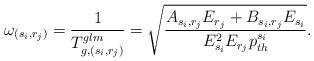
LaTeX: \begin{align*}\omega_{(s_i,r_j)}=\frac{1}{T_{g,(s_i,r_j)}^{glm}}=\sqrt{\frac{A_{s_i,r_j}E_{r_j}+B_{s_i,r_j}E_{s_i} }{ E_{s_i}^2 E_{r_j} p_{th}^{s_i}}}.\end{align*}